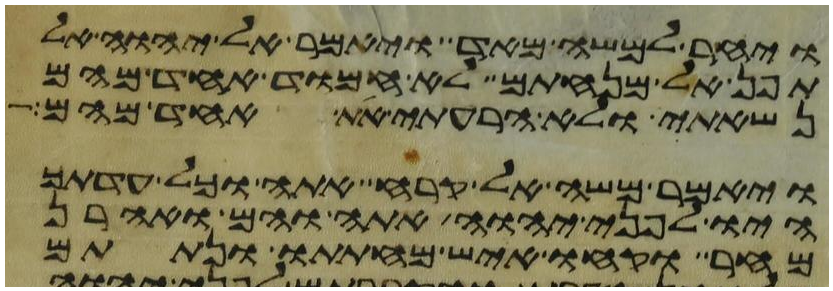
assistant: ויחר למשה מאד ויאמר אל יהוה אל
תפן אל מנחתם לא חמוד אחד מהם
נשאתי ולא הרעתי את אחד מהם
ויאמר משה אל קרח אתה וכל עדתך
היו לפני יהוה אתה והם ואהרן
מחר וקחו איש מחתתו ונתתם